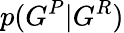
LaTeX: p(G^{P}|G^{R})